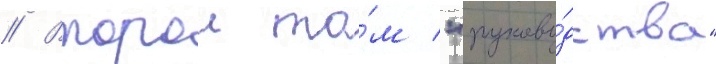
// Второи то́м "руково́дства"